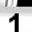
Digit: 1